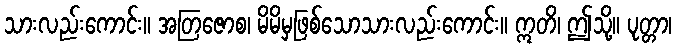
သားလည်းကောင်း။ အတြဇောစ၊ မိမိမှဖြစ်သောသားလည်းကောင်း။ ဣတိ၊ ဤသို့။ ပုတ္တာ၊